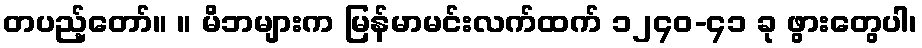
တပည့်တော်။ ။ မိဘများက မြန်မာမင်းလက်ထက် ၁၂၄၀-၄၁ ခု ဖွားတွေပါ၊